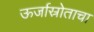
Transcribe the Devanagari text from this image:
ऊर्जास्रोताचा